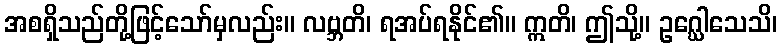
အစရှိသည်တို့ဖြင့်သော်မှလည်း။ လဗ္ဘတိ၊ ရအပ်ရနိုင်၏။ ဣတိ၊ ဤသို့။ ဥဂ္ဃေါသေသိ၊